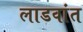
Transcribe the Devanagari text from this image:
लाडवांत